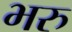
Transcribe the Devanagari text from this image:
भरु